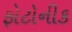
ફોટોનીક